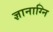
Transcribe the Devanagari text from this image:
ज्ञानाग्नि